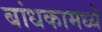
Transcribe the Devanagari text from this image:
बांधकामध्ये